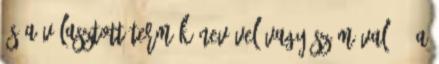
és a választott termék nevével vagy számával. - A